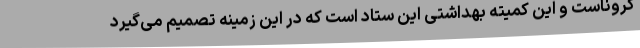
کروناست و این کمیته بهداشتی این ستاد است که در این زمینه تصمیم می‌گیرد